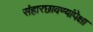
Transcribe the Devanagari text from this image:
संहारछावण्यांपेक्षा